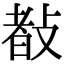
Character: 𢾀